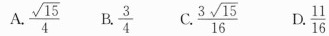
A.\frac{\sqrt{15}}{4} B.\frac{3}{4} C. \frac{3\sqrt {15}}{16} D.\frac{11}{16}